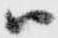
ハ